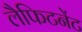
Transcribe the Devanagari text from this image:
लैफिटनेंट